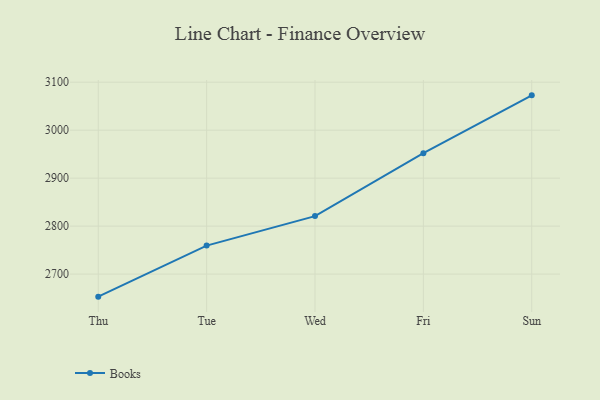
{"axis": {"x": "Day", "y": "Shipments"}, "legend": ["Books"], "data": [{"x": "Thu", "y": 2653.0, "type": "Books"}, {"x": "Tue", "y": 2759.4, "type": "Books"}, {"x": "Wed", "y": 2820.9, "type": "Books"}, {"x": "Fri", "y": 2952.0, "type": "Books"}, {"x": "Sun", "y": 3072.6, "type": "Books"}]}